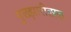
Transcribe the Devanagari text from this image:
गुलझारीलाल